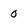
Character: 0